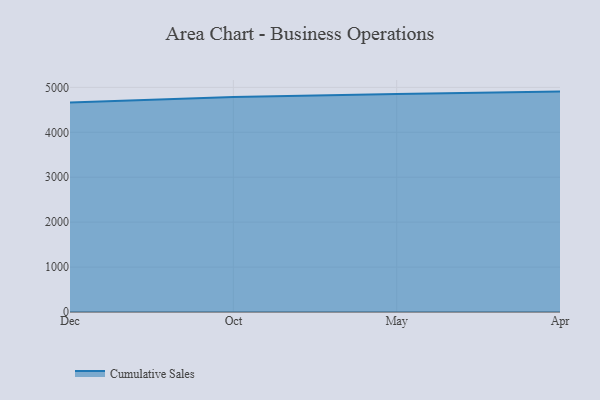
{"axis": {"x": "Month", "y": "Revenue (USD Million)"}, "legend": ["Cumulative Sales"], "data": [{"x": "Dec", "y": 4661.7, "type": "Cumulative Sales"}, {"x": "Oct", "y": 4784.7, "type": "Cumulative Sales"}, {"x": "May", "y": 4854.5, "type": "Cumulative Sales"}, {"x": "Apr", "y": 4906.3, "type": "Cumulative Sales"}]}